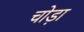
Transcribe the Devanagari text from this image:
चोड़ा